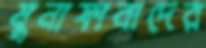
মুনাফাবাদের